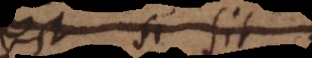
est si sit